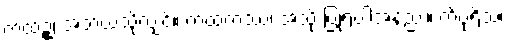
ကထဉ္စ၊ အဘယ်သို့လျှင်။ ကထံကဿံ၊ အသို့ ပြုရပါအံ့နည်း။ ကိံပုရိသံ၊